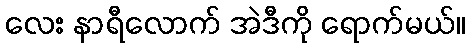
လေး နာရီလောက် အဲဒီကို ရောက်မယ်။